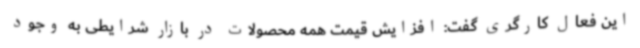
این فعال کارگری گفت: افزایش قیمت همه محصولات در بازار شرایطی به وجود